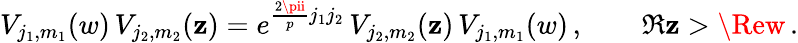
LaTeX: V_{j_{1},m_{1}}(w)\, V_{j_{2},m_{2}}(\mathbf{z})=e^{\frac{{2\pii}}{{p}}j_{1}j_{2}}\, V_{j_{2},m_{2}}(\mathbf{z})\, V_{j_{1},m_{1}}(w)\, ,\qquad\Re\mathbf{z}>\Rew\, .